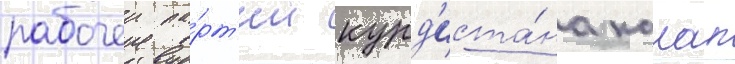
рабочеи па́рт'ии курд'иста́на калап